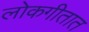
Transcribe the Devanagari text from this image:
लोकगीतात